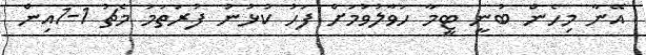
އޭނާ މިހެން ބުނީ ޓީމާ ހަވާލުވުމަށް ފަހު ކުޅުނު ފުރަތަމަ މެޗު 1-1އިން